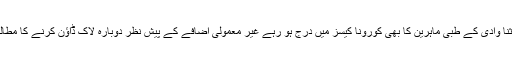
دریں اثنا وادی کے طبی ماہرین کا بھی کورونا کیسز میں درج ہو رہے غیر معمولی اضافے کے پیش نظر دوبارہ لاک ڈاؤن کرنے کا مطالبہ ہے۔